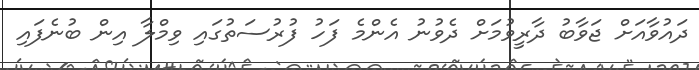
ދައުވާއަށް ޖަވާބު ދާރީވުމަށް ދެވުނު އެންމެ ފަހު ފުރުސަތުގައި ވިމްލާ އިން ބުނެފައި